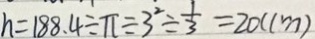
h = 1 8 8 . 4 \div \pi \div 3 ^ { 2 } \div \frac { 1 } { 3 } = 2 0 ( c m )